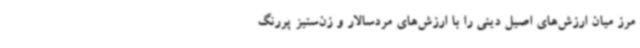
مرز میان ارزش‌های اصیل دینی را با ارزش‌های مردسالار و زن‌ستیز پررنگ